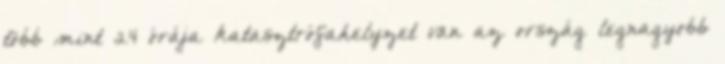
több mint 24 órája katasztrófahelyzet van az ország legnagyobb